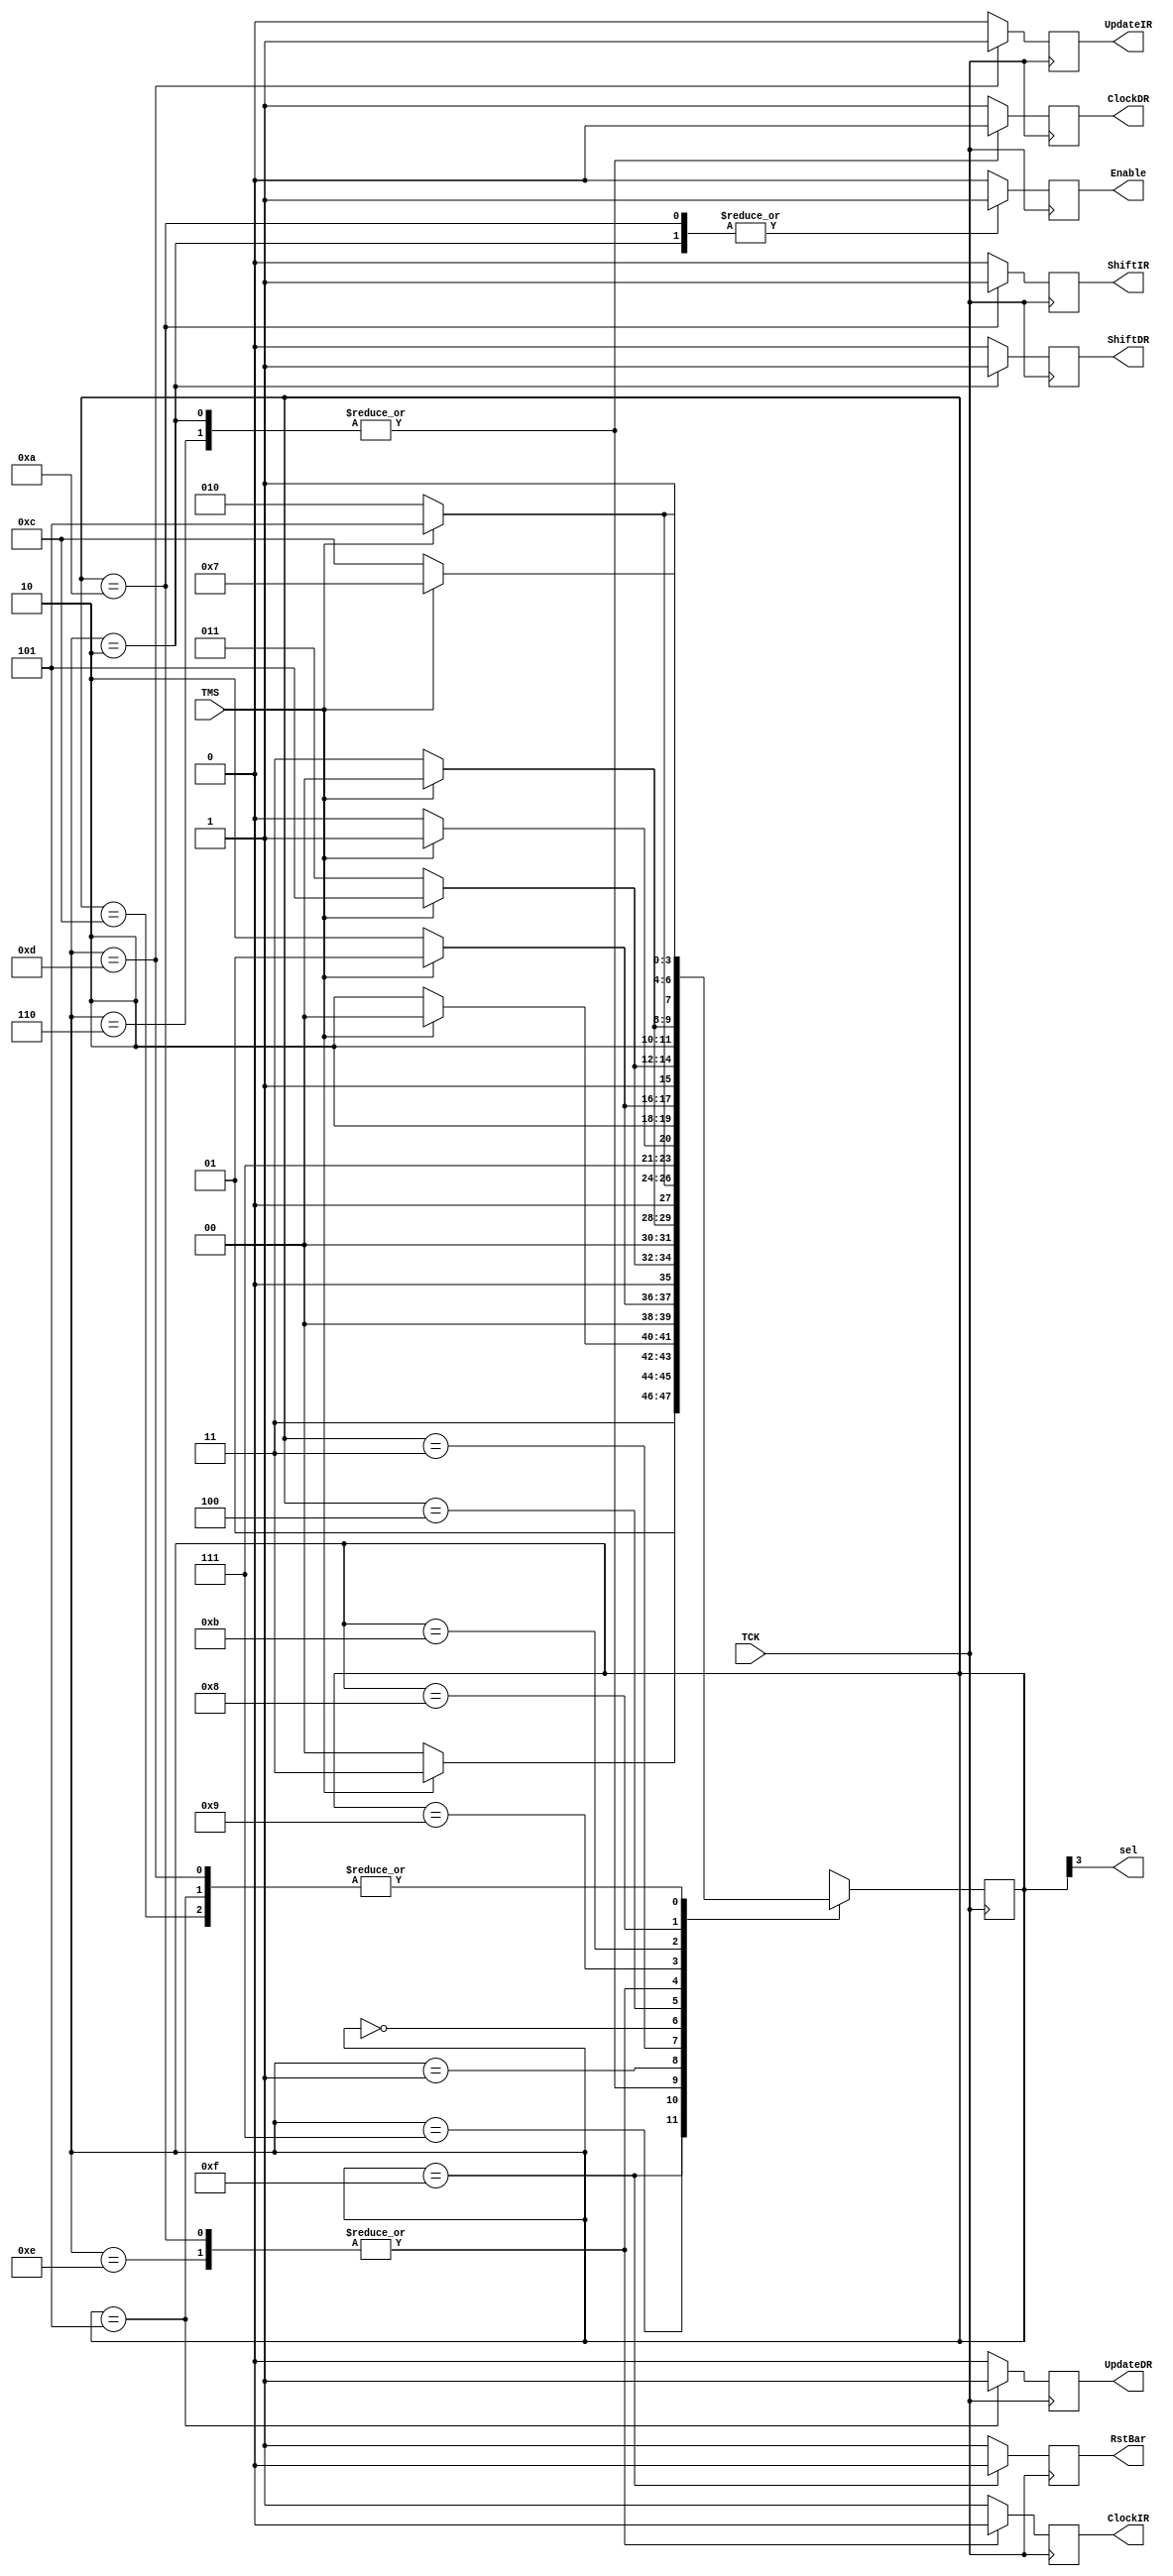
module TapController (TMS, TCK, RstBar, sel, Enable, 
			ShiftIR, ClockIR, UpdateIR, ShiftDR, ClockDR, UpdateDR);
			
 input TMS;
 input TCK;
 output reg RstBar = 1'b0;
 output sel;
 output reg Enable;
 output reg ShiftIR, ClockIR, UpdateIR;
 output reg ShiftDR, ClockDR, UpdateDR;


	parameter [3:0]Test_logic_reset   =4'b1111;
	parameter [3:0]run_test_idle      =4'b1100;
	parameter [3:0]select_DR_scan     =4'b0111;
	parameter [3:0]capture_DR         =4'b0110;
	parameter [3:0]shift_DR           =4'b0010;
	parameter [3:0]exit1_DR           =4'b0001;
	parameter [3:0]pause_DR           =4'b0011;
	parameter [3:0]exit2_DR           =4'b0000; 
	parameter [3:0]update_DR          =4'b0101;
	parameter [3:0]select_IR_scan     =4'b0100;
	parameter [3:0]capture_IR         =4'b1110;
	parameter [3:0]shift_IR           =4'b1010;
	parameter [3:0]exit1_IR           =4'b1001;
	parameter [3:0]pause_IR           =4'b1011;
	parameter [3:0]exit2_IR           =4'b1000;
	parameter [3:0]update_IR          =4'b1101;

	reg [3:0]TAP_STATE = Test_logic_reset;
  always @( posedge TCK)
	begin
	//if (TCK == 1'b1 )
	//begin
		case( TAP_STATE )
		  
			Test_logic_reset :
				if( TMS == 1'b0 ) 
					TAP_STATE = run_test_idle;
				else if( TMS == 1'b1) 
					TAP_STATE = Test_logic_reset;
					
			run_test_idle:
				if (TMS == 1'b1) 
					TAP_STATE = select_DR_scan;
				else if (TMS == 1'b0) 
					TAP_STATE = run_test_idle;
				
			select_DR_scan :
				if( TMS == 1'b0) 
					TAP_STATE = capture_DR;
				else if (TMS == 1'b1) 
					TAP_STATE = select_IR_scan;
				
			capture_DR:
				if(TMS == 1'b0)
					TAP_STATE = shift_DR;
				else if(TMS == 1'b1)
					TAP_STATE = exit1_DR;
				
			shift_DR:
				if(TMS == 1'b1) 
					TAP_STATE = exit1_DR;
				else if(TMS == 1'b0) 
					TAP_STATE = shift_DR;
				
			exit1_DR:
				if(TMS == 1'b0)  
					TAP_STATE = pause_DR;
				else if(TMS == 1'b1) 
					TAP_STATE = update_DR;
				
			pause_DR:
				if(TMS == 1'b1) 
					TAP_STATE = exit2_DR;
				else if( TMS == 1'b0) 
					TAP_STATE = pause_DR;
				
			exit2_DR:
				if( TMS == 1'b1)
				  TAP_STATE = update_DR;
				else if ( TMS == 1'b0) 
				  TAP_STATE = shift_DR;
				
			update_DR:
				if (TMS == 1'b0)  
					TAP_STATE = run_test_idle;
				else if (TMS == 1'b1) 
					TAP_STATE = select_DR_scan;
				
			select_IR_scan: 
				if ( TMS == 1'b0)  
					TAP_STATE = capture_IR;
				else if (TMS == 1'b1) 
					TAP_STATE = Test_logic_reset;
				
			capture_IR:
				if ( TMS == 1'b0)
					TAP_STATE = shift_IR;
				else if( TMS == 1'b1) 
					TAP_STATE = exit1_IR;
				
			shift_IR:
				if (TMS == 1'b1) 
					TAP_STATE = exit1_IR;
				else if( TMS == 1'b0) 
					TAP_STATE = shift_IR;
				
			exit1_IR:
				if ( TMS == 1'b0) 
					TAP_STATE = pause_IR;
				else if (TMS == 1'b1) 
					TAP_STATE = update_IR;
				
			pause_IR:
				if ( TMS == 1'b1) 
					TAP_STATE = exit2_IR;
				else if (TMS == 1'b0) 
					TAP_STATE = pause_IR;
				
			exit2_IR:
				if (TMS == 1'b1) 
					TAP_STATE = update_IR;
				else if( TMS == 1'b0) 
					TAP_STATE = shift_IR;
				
			update_IR:
				if( TMS == 1'b0)  
					TAP_STATE = run_test_idle;
				else if ( TMS == 1'b1) 
					TAP_STATE = select_DR_scan;
				
		endcase
	//end // END IF	
	end // END ALWAYS

	

	always @(negedge TCK)
	begin
	  RstBar = 1'b1;
	  Enable = 1'b0;
	  ShiftIR = 1'b0;
	  ShiftDR = 1'b0;
	  ClockIR = 1'b1;
	  UpdateIR = 1'b0;
	  ClockDR = 1'b1;
	  UpdateDR = 1'b0; 
	  
	  case (TAP_STATE)
	    Test_logic_reset:
	       RstBar = 1'b0;
			shift_IR:
			begin
				 Enable = 1'b1;
				 ShiftIR = 1'b1;
				 ClockIR = 1'b0;
			end
			shift_DR:
			begin
			   Enable = 1'b1;	 
				 ShiftDR = 1'b1;
				 ClockDR = 1'b0;				 
			end
			capture_IR:
			   ClockIR = 1'b0;
			update_IR: 
			   UpdateIR = 1'b1;
		  capture_DR:
			   ClockDR = 1'b0;
			update_DR: 
			   UpdateDR = 1'b1;
		endcase
	 end //end always
  	assign sel = TAP_STATE[3];
	  
		/*if (TCK == 1'b0)
		  begin
			 if (TAP_STATE == Test_logic_reset) 
			 	RstBar = 1'b0;
			 else 
				RstBar = 1'b1; 
			
			 if ((TAP_STATE == shift_IR) | (TAP_STATE == shift_DR))
				Enable = 1'b1;
			 else
				Enable = 1'b0;
			
			 if (TAP_STATE == shift_IR) 
				ShiftIR = 1'b1;
			 else 
				ShiftIR = 1'b0; 
			
			 if (TAP_STATE == shift_DR)
				ShiftDR = 1'b1;
			 else 
				ShiftDR = 1'b0;
			end 
		
		if ( ( TCK == 1'b0) &(TAP_STATE == capture_IR) | (TAP_STATE == shift_IR))// TCK somaye ezafe karde
			ClockIR = 1'b0;
		else
			 ClockIR = 1'b1;
			 
		
		if (( TCK == 1'b0) & (TAP_STATE == update_IR )) 
			UpdateIR = 1'b1;
		else 
			UpdateIR = 1'b0; 
		
		if (( TCK == 1'b0) & ( TAP_STATE == capture_DR) | (TAP_STATE == shift_DR))
			ClockDR = 1'b0;
		else 
			ClockDR = 1'b1;
		
		if ( TCK == 1'b0 & TAP_STATE == update_DR) 
			UpdateDR = 1'b1;
		else
			UpdateDR = 1'b0; 
	end // end always

	assign sel = TAP_STATE[3];*/
	
endmodule